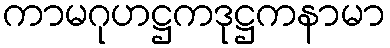
ကာမဂုဟဋ္ဌကဒုဋ္ဌကနာမာ